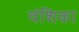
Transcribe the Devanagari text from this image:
वंशिका